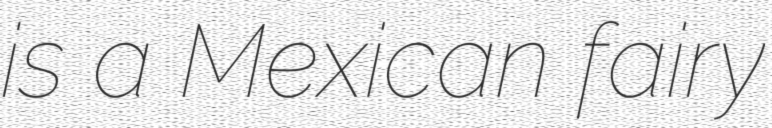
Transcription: is a Mexican fairy